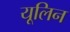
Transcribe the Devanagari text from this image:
यूलिन